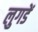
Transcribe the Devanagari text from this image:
लुगडें